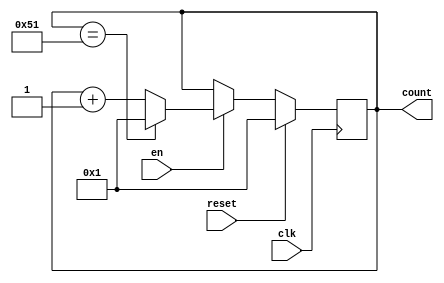
module Counter(
	input wire en,
	input wire reset,
	input wire clk,
	output reg [7:0] count
);
always@(posedge clk)begin
	if(reset)begin
		count=8'b1;
	end
	else begin
		if(en)begin
			if(count==81) begin
				count=8'b1;
			end
			else begin
				count=count+1'b1;
			end
		end
		else begin
			count=count;
		end
	end
end
endmodule